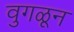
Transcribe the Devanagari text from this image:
वुगळून